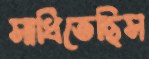
সাধিতেছিস